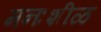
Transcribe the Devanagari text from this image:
मनःशीळ